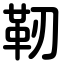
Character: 靭